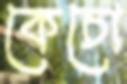
কেচো